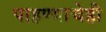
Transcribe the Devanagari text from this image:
पाहण्याचेही